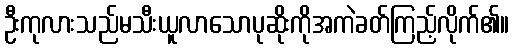
ဦးကုလားသည်မသီးယူလာသောပုဆိုးကိုအကဲခတ်ကြည့်လိုက်၏။